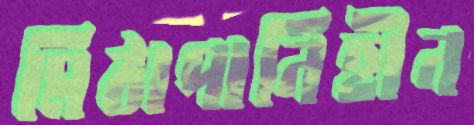
মিঠাপানিহীন